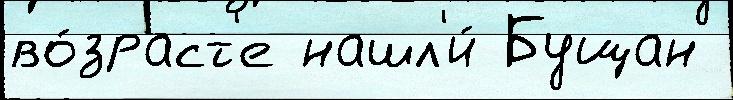
во́зраст'е нашл'и́ Бущан